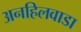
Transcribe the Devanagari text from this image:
अनहिलवाडा